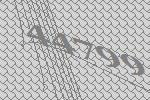
44799